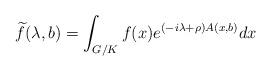
LaTeX: \begin{align*} \widetilde{f}(\lambda,b) = \int_{G/K} f(x) e^{(-i\lambda+\rho)A(x,b)} dx \end{align*}